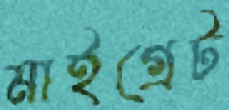
মাইগ্রেট